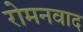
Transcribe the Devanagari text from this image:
रोमनवाद